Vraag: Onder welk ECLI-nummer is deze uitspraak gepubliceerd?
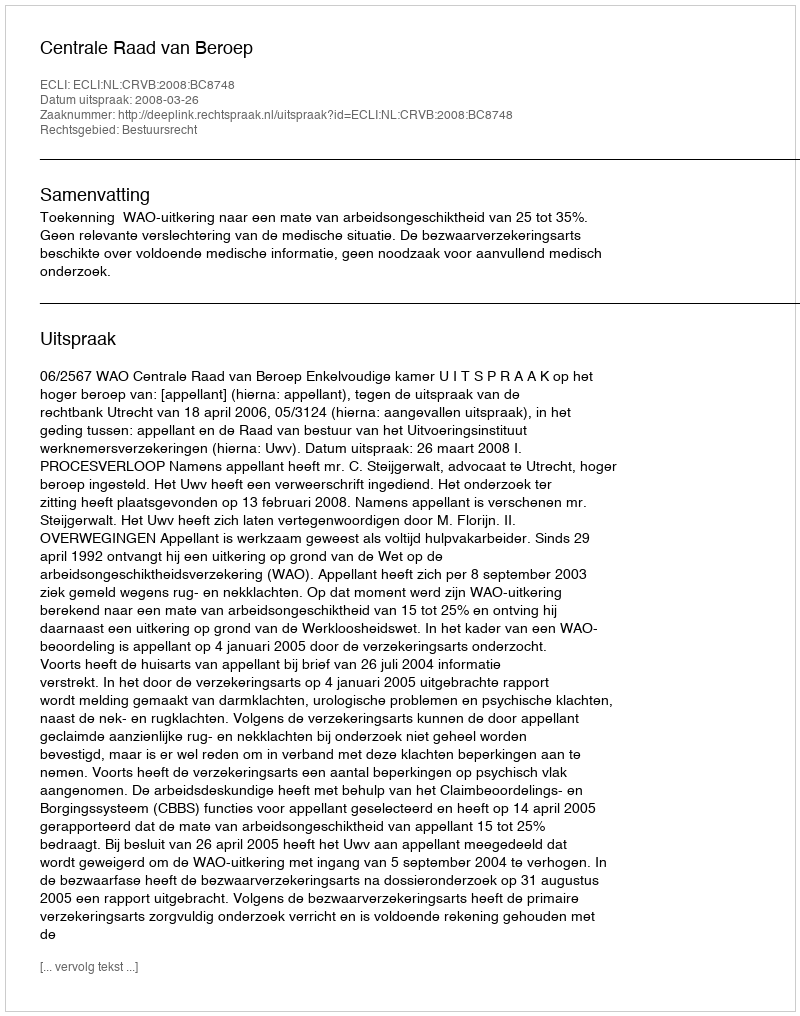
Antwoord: ECLI:NL:CRVB:2008:BC8748